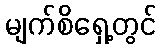
မျက်စိရှေ့တွင်